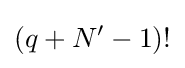
\left(q+N'-1\right)!